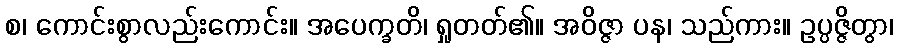
စ၊ ကောင်းစွာလည်းကောင်း။ အပေက္ခတိ၊ ရှုတတ်၏။ အဝိဇ္ဇာ ပန၊ သည်ကား။ ဥပ္ပဇ္ဇိတွာ၊